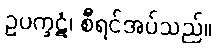
ဥပက္ခဋံ၊ စီရင်အပ်သည်။